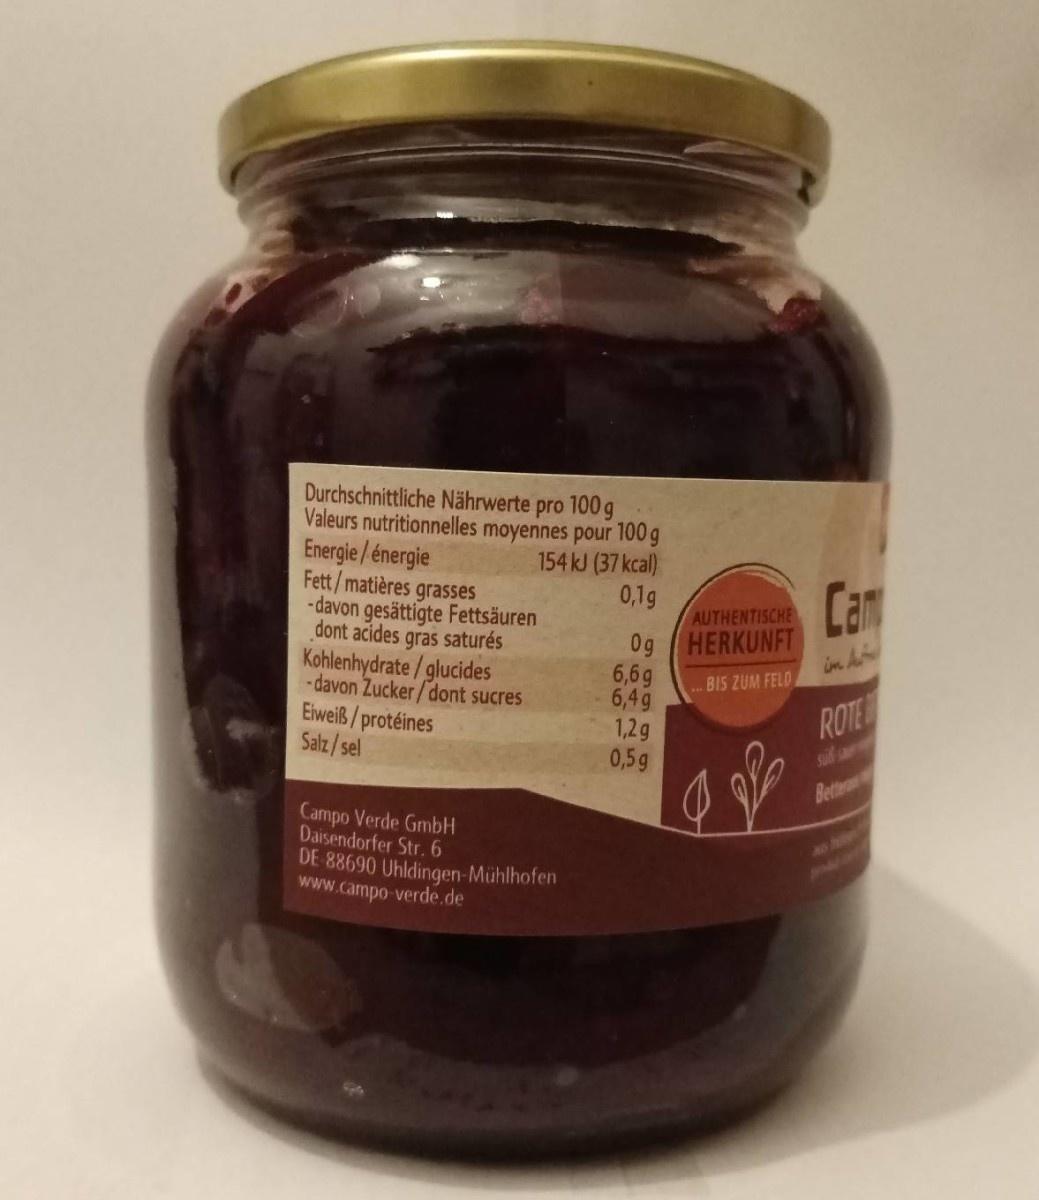
Durchschnittliche Nährwerte pro 100 g Valeurs nutritionnelles moyennes pour 100g Energie/ énergie Fett/matières grasses -davon gesättigte Fettsäuren dont acides gras saturés Kohlenhydrate/glucides -davon Zucker/dont sucres Eiweiß/protéines Salz/sel
154 kJ (37 kcal) 0,1g
Cam
AUTHENTISCHE
0g HERKUNFT 6,6g 6,49 1,2g 0,5g
in A
BIS ZUM FELD
ROTE
Suif a
Better
Campo Verde GmbH Daisendorfer Str.6 DE 88690 Uhldingen-Mühlhofen www.campo-verde.de
O 642 5